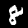
Label: 8